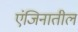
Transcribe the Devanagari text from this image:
एंजिनातील